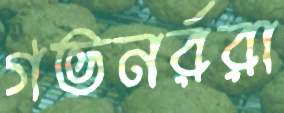
গভনর্ররা